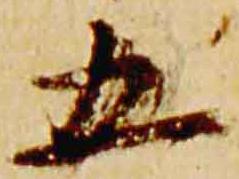
五